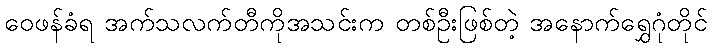
ဝေဖန်ခံရ အက်သလက်တီကိုအသင်းက တစ်ဦးဖြစ်တဲ့ အနောက်ရွှေဂုံတိုင်